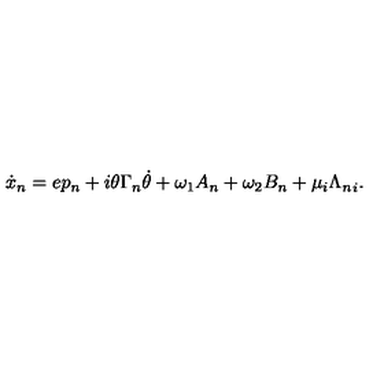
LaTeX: \dot { x } _ { n } = e p _ { n } + i \theta \Gamma _ { n } \dot { \theta } + \omega _ { 1 } A _ { n } + \omega _ { 2 } B _ { n } + \mu _ { i } { \Lambda _ { n } } _ { i } .